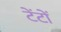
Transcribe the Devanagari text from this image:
टेंटों